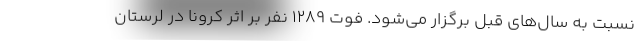
نسبت به سال‌های قبل برگزار می‌شود. فوت ۱۲۸۹ نفر بر اثر کرونا در لرستان